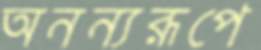
অনন্যরূপে